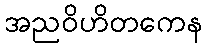
အညဝိဟိတကေန